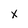
Character: x